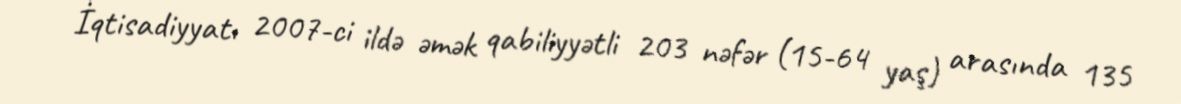
İqtisadiyyatı 2007-ci ildə əmək qabiliyyətli 203 nəfər (15-64 yaş) arasında 135